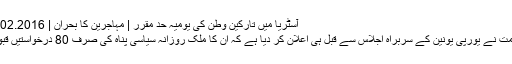
آسٹریا میں تارکین وطن کی یومیہ حد مقرر | مہاجرین کا بحران | DW | 18.02.2016
آسٹریا حکومت نے یورپی یونین کے سربراہ اجلاس سے قبل ہی اعلان کر دیا ہے کہ ان کا ملک روزانہ سیاسی پناہ کی صرف 80 درخواستیں قبول کرے گا۔